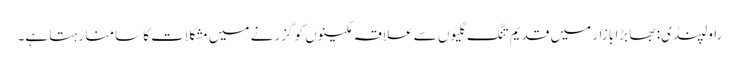
راولپنڈی: بھا بڑا بازار میں قدیم تنگ گلیوں سے علاقہ مکینوں کو گزرنے میں مشکلات کا سامنا رہتا ہے۔